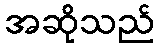
အဆိုသည်